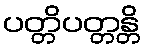
ပတ္တိပတ္တန္တိ